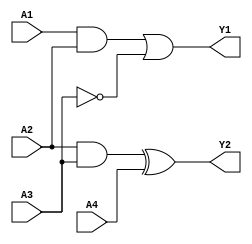
module combinational_logic (
    input wire A1,
    input wire A2,
    input wire A3,
    input wire A4,
    output wire Y1,
    output wire Y2
);

// Group 1: Logic function using A1, A2, A3
// Example: Y1 = (A1 AND A2) OR (NOT A3)
wire G1_part1; // Intermediate signal for Group 1
assign G1_part1 = A1 & A2; // A1 AND A2
assign Y1 = G1_part1 | ~A3; // (A1 AND A2) OR (NOT A3)

// Group 2: Logic function using A2, A3, A4
// Example: Y2 = (A2 AND A3) XOR A4
wire G2_part1; // Intermediate signal for Group 2
assign G2_part1 = A2 & A3; // A2 AND A3
assign Y2 = G2_part1 ^ A4; // (A2 AND A3) XOR A4

endmodule